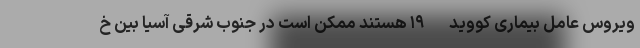
ویروس عامل بیماری کووید-۱۹ هستند ممکن است در جنوب شرقی آسیا بین خ